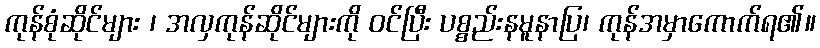
ကုန်စုံဆိုင်များ ၊ အလှကုန်ဆိုင်များကို ဝင်ပြီး ပစ္စည်းနမူနာပြ၊ ကုန်အမှာကောက်ရ၏။